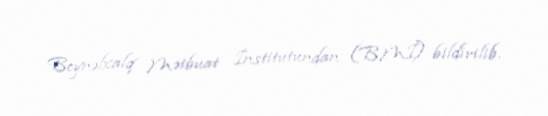
Beynəlxalq Mətbuat İnstitutundan (BMİ) bildirilib.